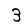
Digit: 3